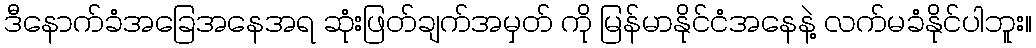
ဒီနောက်ခံအခြေအနေအရ ဆုံးဖြတ်ချက်အမှတ် ကို မြန်မာနိုင်ငံအနေနဲ့ လက်မခံနိုင်ပါဘူး။